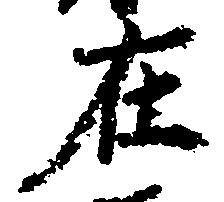
在